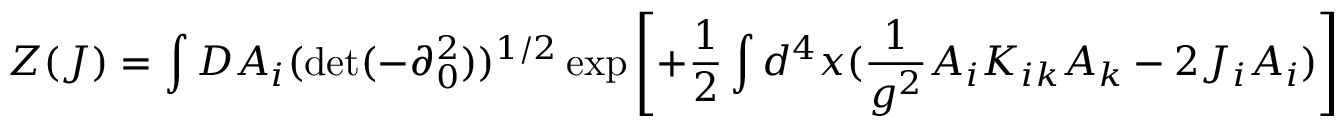
Z ( J ) = \int D A _ { i } ( \operatorname * { d e t } ( - \partial _ { 0 } ^ { 2 } ) ) ^ { 1 / 2 } \exp \left[ + \frac { 1 } { 2 } \int d ^ { 4 } x ( \frac { 1 } { g ^ { 2 } } A _ { i } K _ { i k } A _ { k } - 2 J _ { i } A _ { i } ) \right]